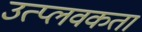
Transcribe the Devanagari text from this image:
उत्प्लवकता